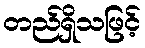
တည်ရှိသဖြင့်